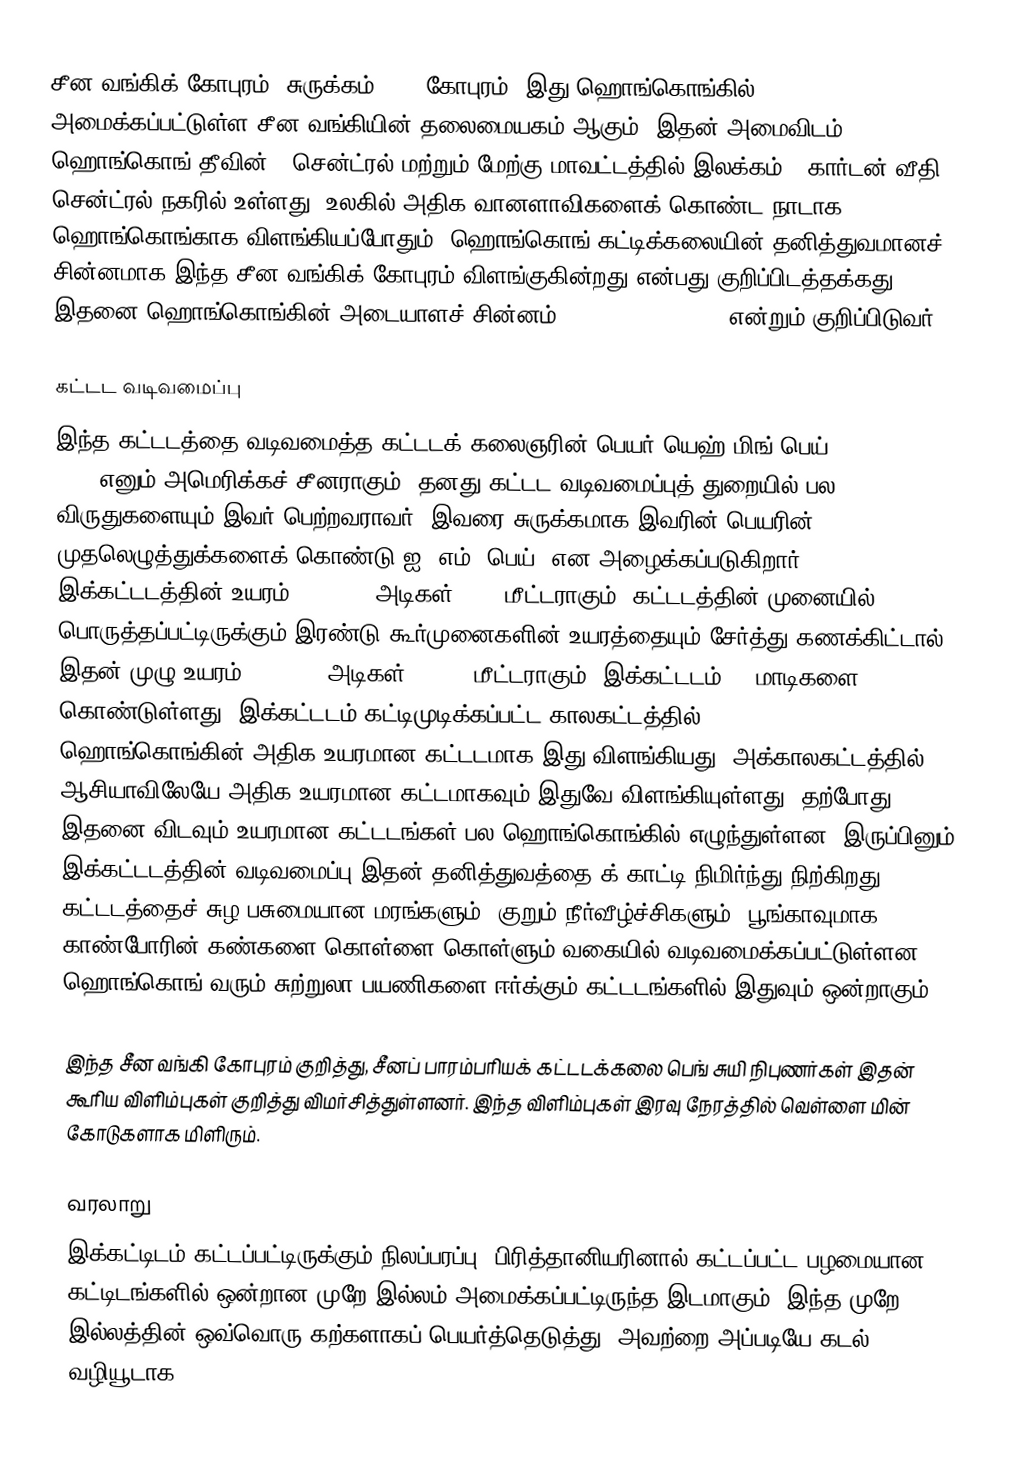
சீன வங்கிக் கோபுரம் (சுருக்கம்: BOC கோபுரம்) இது ஹொங்கொங்கில் அமைக்கப்பட்டுள்ள சீன வங்கியின் தலைமையகம் ஆகும். இதன் அமைவிடம் ஹொங்கொங் தீவின் , சென்ட்ரல் மற்றும் மேற்கு மாவட்டத்தில் இலக்கம்-1 கார்டன் வீதி, சென்ட்ரல் நகரில் உள்ளது. உலகில் அதிக வானளாவிகளைக் கொண்ட நாடாக ஹொங்கொங்காக விளங்கியப்போதும், ஹொங்கொங் கட்டிக்கலையின் தனித்துவமானச் சின்னமாக இந்த சீன வங்கிக் கோபுரம் விளங்குகின்றது என்பது குறிப்பிடத்தக்கது. இதனை ஹொங்கொங்கின் அடையாளச் சின்னம் (Hong Kong's icon) என்றும் குறிப்பிடுவர்.

கட்டட வடிவமைப்பு
இந்த கட்டடத்தை வடிவமைத்த கட்டடக் கலைஞரின் பெயர் யெஹ் மிங் பெய்  (Ieoh Ming Pei) எனும் அமெரிக்கச் சீனராகும். தனது கட்டட வடிவமைப்புத் துறையில் பல விருதுகளையும் இவர் பெற்றவராவர். இவரை சுருக்கமாக இவரின் பெயரின் முதலெழுத்துக்களைக் கொண்டு ஐ. எம். பெய்) என அழைக்கப்படுகிறார். இக்கட்டடத்தின் உயரம் (1,033.5 அடிகள்) 315 மீட்டராகும். கட்டடத்தின் முனையில் பொருத்தப்பட்டிருக்கும் இரண்டு கூர்முனைகளின் உயரத்தையும் சேர்த்து கணக்கிட்டால் இதன் முழு உயரம் (1,205.4 அடிகள்) 367.4 மீட்டராகும். இக்கட்டடம் 72 மாடிகளை கொண்டுள்ளது. இக்கட்டடம் கட்டிமுடிக்கப்பட்ட காலகட்டத்தில் (1989 - 1992) ஹொங்கொங்கின் அதிக உயரமான கட்டடமாக இது விளங்கியது. அக்காலகட்டத்தில் ஆசியாவிலேயே அதிக உயரமான கட்டமாகவும் இதுவே விளங்கியுள்ளது. தற்போது இதனை விடவும் உயரமான கட்டடங்கள் பல ஹொங்கொங்கில் எழுந்துள்ளன. இருப்பினும் இக்கட்டடத்தின் வடிவமைப்பு இதன் தனித்துவத்தை க் காட்டி நிமிர்ந்து நிற்கிறது. கட்டடத்தைச் சுழ பசுமையான மரங்களும், குறும் நீர்வீழ்ச்சிகளும், பூங்காவுமாக காண்போரின் கண்களை கொள்ளை கொள்ளும் வகையில் வடிவமைக்கப்பட்டுள்ளன. ஹொங்கொங் வரும் சுற்றுலா பயணிகளை ஈர்க்கும் கட்டடங்களில் இதுவும் ஒன்றாகும்.

இந்த சீன வங்கி கோபுரம் குறித்து, சீனப் பாரம்பரியக் கட்டடக்கலை பெங் சுயி நிபுணர்கள் இதன் கூரிய விளிம்புகள் குறித்து விமர்சித்துள்ளனர். இந்த விளிம்புகள் இரவு நேரத்தில் வெள்ளை மின் கோடுகளாக மிளிரும்.

வரலாறு
இக்கட்டிடம் கட்டப்பட்டிருக்கும் நிலப்பரப்பு, பிரித்தானியரினால் கட்டப்பட்ட பழமையான கட்டிடங்களில் ஒன்றான முறே இல்லம் அமைக்கப்பட்டிருந்த இடமாகும். இந்த முறே இல்லத்தின் ஒவ்வொரு கற்களாகப் பெயர்த்தெடுத்து, அவற்றை அப்படியே கடல் வழியூடாக